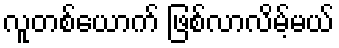
လူတစ်ယောက် ဖြစ်လာလိမ့်မယ်